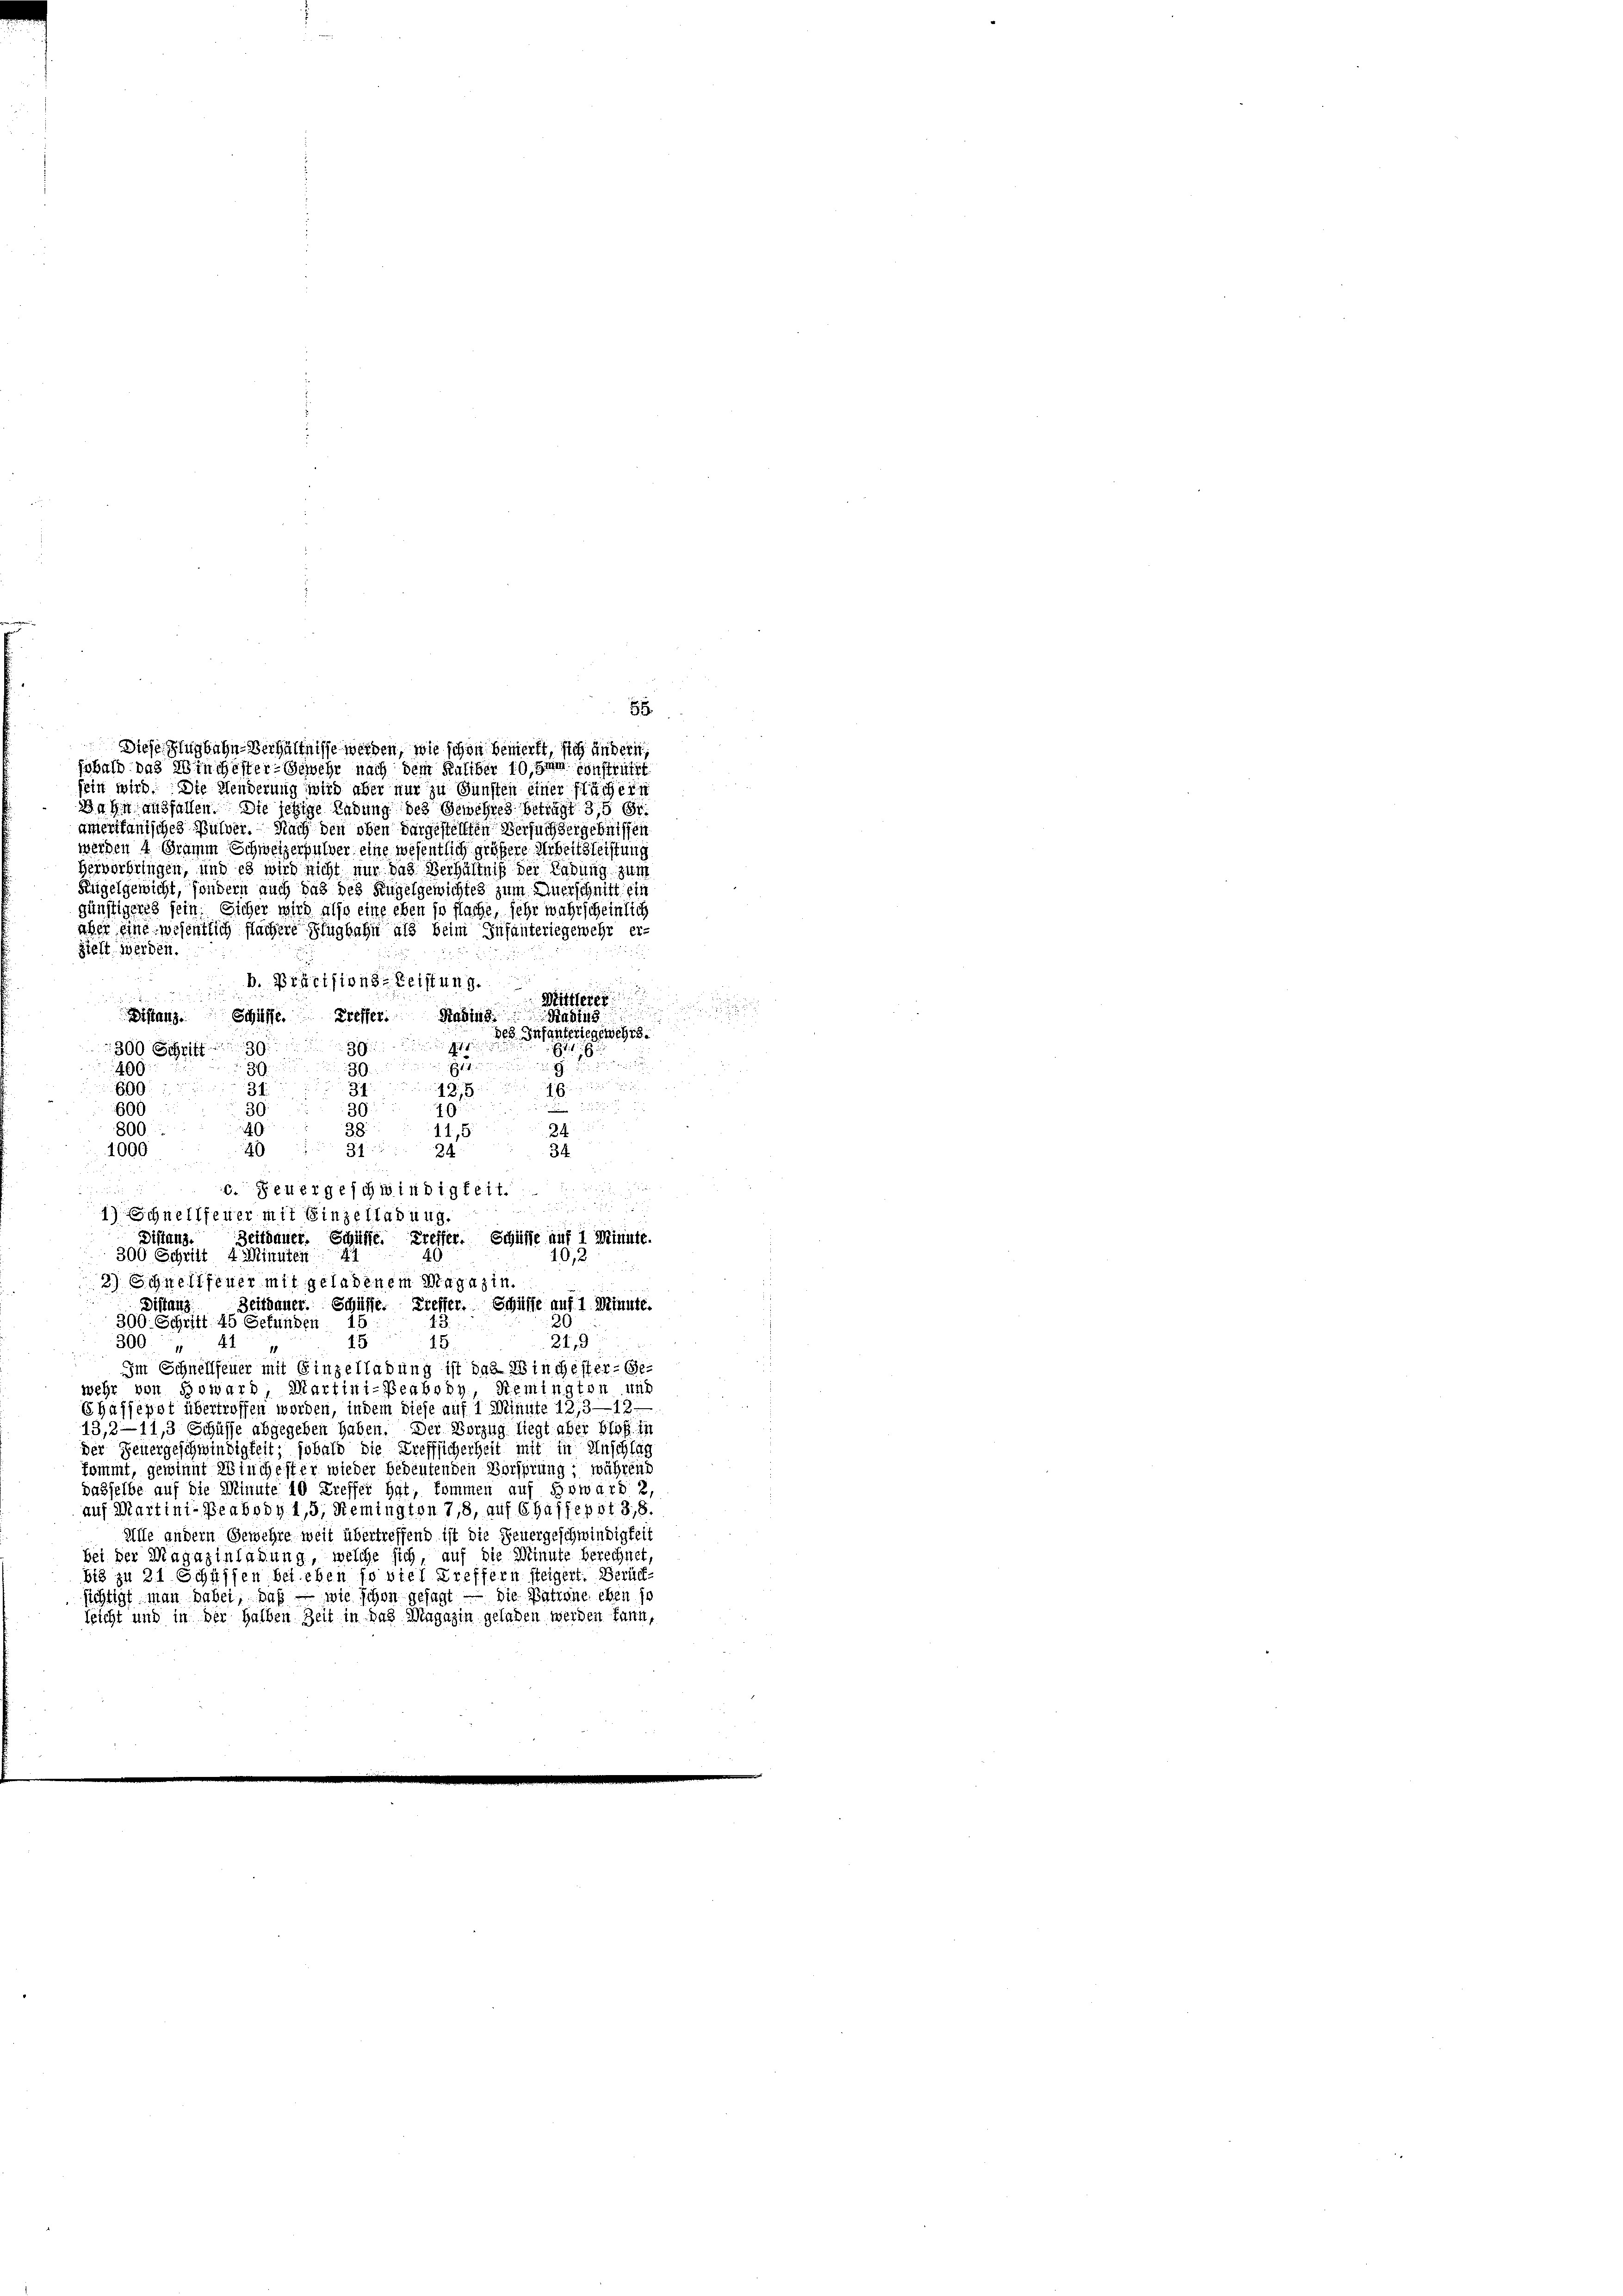
85.
sein wird. Die Menderung wird aber nur zu Gunsten einer Flächein
Bahn ausfallen. Die jetzige Ladung des Gewehres beträgt 3,5 6t
amerikanisches Pulver. Nach den oben dargestellten Versuchtergebnissen
werden 4 Gramm Schweizerpulver eine wesentlich größere Arbeitsleistung
Heiverbringen, und es wird nicht nur das Verhältniß der Ladung zum
Fingelgewicht, sondern auch das des Kugelgewichtes zum Auerschnitt ein
günstigeres sein. Sicher wird also eine eben so flache, sehr wahrscheinlich
aber eine wesentlich flachere Flugbahn als beim Infanteriegewehr ergieht werden.
b. Präcisions-Reistung.
n
Mittlerer
Kasins
Distanz. Schiffe. Presser. Kasins
des Infanteriegenscht.
i
300 Schrift 30
39

Etten der
9
30.
30.
400
600.
 ich einer
31

600
393

i
800
2
38.
11,5

1000
34

6. Feuergeschwindigkeit.

a
1) Schnellfeuer mit Einzelladung.
Distand.
Zeitdauer. Schütte. Treffer. Schüsse auf 1 Minute.
300 Schritt 4 Minuten 44
10,2
2.) Schwellfeuer mit geladenem Magazin.
Distanz
Zeitdauer. Schüsse. Treffer. Schiffe auf 1. Minute.
20
300. Schritt 45 Gefunden 15
15
21, 3
15.
300
Im Schnellfeuer mit Einzelladung ist das Winchester- Ge-
wehr von Boward, Martini-Beabony, Remingten und
Ehäffepot übertroffen worden, indem diese auf 1 Minute 12,3—13
13,2—11,3 Schüsse abgegeben haben. Der Vorzug liegt aber bloß in
der Feuergeschwindigkeit; sobald die Treffsicherheit mit in Anschlag
kommt, gewinnt Winchester wieder bedeutenden Vorsprung; während
dasselbe auf die Minute 10 Treffer hat, kommen auf Boward 2,
auf Martini-Peabody 1,5, Remington 7,8, auf Chaffeppt 3,8.
Alle andern Gewehre weit übertreffend ist die Feuergeschwindigkeit
bei der Magazinladung, welche sich, auf die Minute berechnet
bis zu 21 Schüssen bei eben so viel Treffern steigert. Berück-
sichtigt man habei, daß – wie schon gesagt — die Patrone eben jo
leicht und in der halben Zeit in das Magazin geladen werden kann,

31

Diese Zugbahn-Verhältnisse werden, wie schon bemerkt, sich andern,
sbald das Winchester-Gewehr nach dem Raliber 10, imm sonstratzt